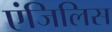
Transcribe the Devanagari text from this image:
एंजिलिस